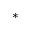
*